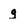
Character: g